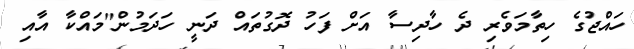
ހައްޖުގެ ހިތާމަވެރި ދެ ހާދިސާ އަށް ފަހު ދޮގުތައް ދަނީ ހަދަމުން"މައްކާ އާއި